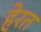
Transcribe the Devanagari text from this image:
हेरत